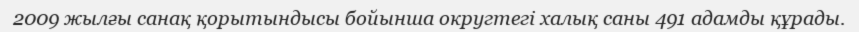
2009 жылғы санақ қорытындысы бойынша округтегі халық саны 491 адамды құрады.